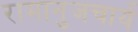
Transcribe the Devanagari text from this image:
रामानुजचार्य